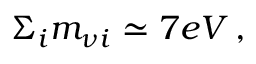
\Sigma _ { i } m _ { \nu i } \simeq 7 e V \, ,